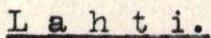
Lahti.